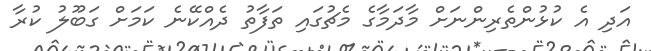
އަދި އެ ކުޅުންތެރިންނަށް މާދަމާގެ މެޗުގައި ތަފާތު ދެއްކޭނެ ކަމަށް ގަބޫލު ކުރާ